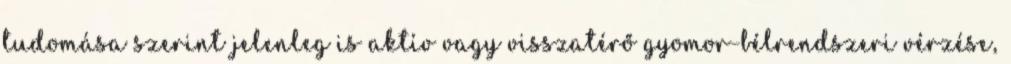
tudomása szerint jelenleg is aktív vagy visszatérő gyomor-bélrendszeri vérzése,